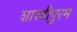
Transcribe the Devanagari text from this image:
शास्त्रीपुरम